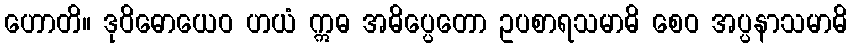
ဟောတိ။ ဒုဝိဓောယေဝ ဟယံ ဣဓ အဓိပ္ပေတော ဥပစာရသမာဓိ စေဝ အပ္ပနာသမာဓိ